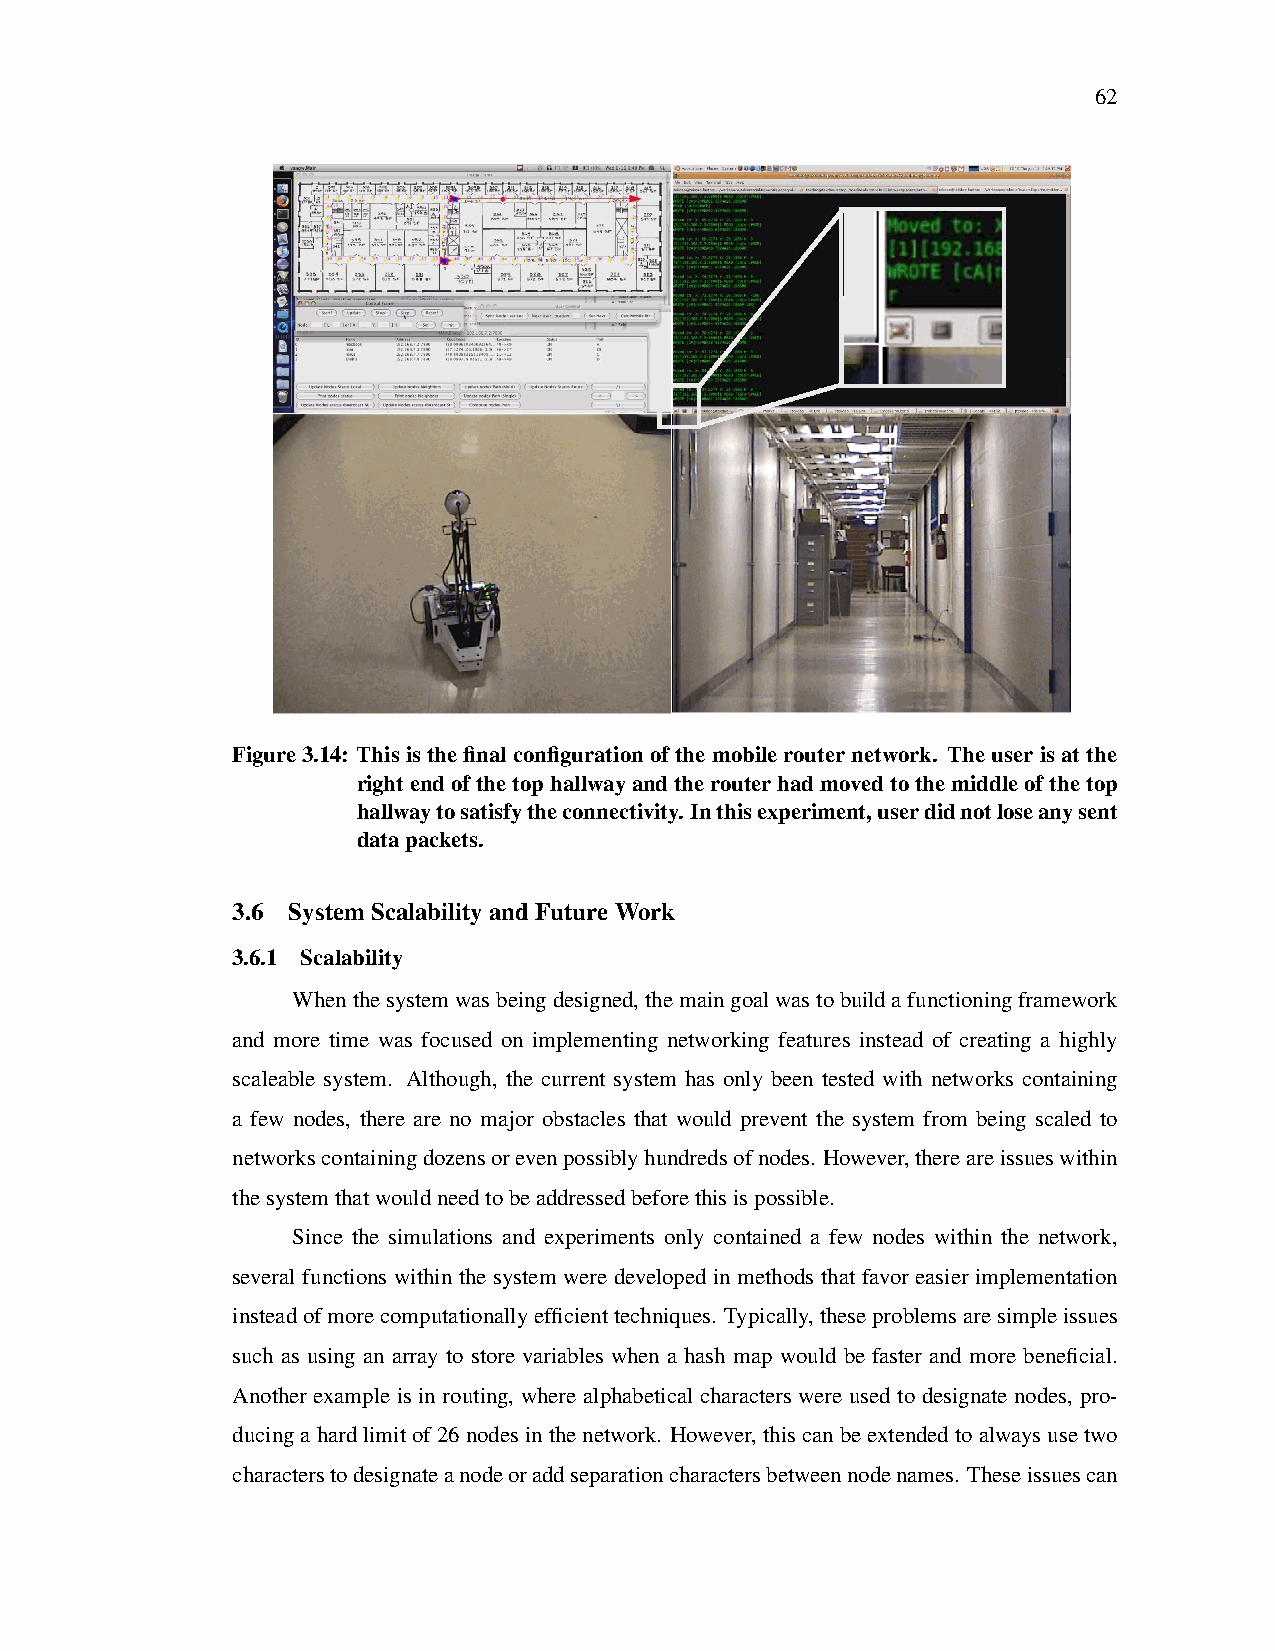
62
 Figure3.14: This is the final configuration of the mobile router network. The user is at the
 rightendofthetophallwayandtherouterhadmovedtothemiddleofthetop
 hallwaytosatisfytheconnectivity. Inthisexperiment,userdidnotloseanysent
 datapackets.
 3.6 SystemScalabilityandFutureWork
 3.6.1 Scalability
 Whenthesystemwasbeingdesigned,themaingoalwastobuildafunctioningframework
 and more time was focused on implementing networking features instead of creating a highly
 scaleable system. Although, the current system has only been tested with networks containing
 a few nodes, there are no major obstacles that would prevent the system from being scaled to
 networkscontainingdozensorevenpossiblyhundredsofnodes. However,thereareissueswithin
 thesystemthatwouldneedtobeaddressedbeforethisispossible.
 Since the simulations and experiments only contained a few nodes within the network,
 several functions within the system were developed in methods that favor easier implementation
 insteadofmorecomputationallyefficienttechniques. Typically,theseproblemsaresimpleissues
 such as using an array to store variables when a hash map would be faster and more beneficial.
 Another example is in routing, where alphabetical characters were used to designate nodes, pro-
 ducingahardlimitof26nodesinthenetwork. However,thiscanbeextendedtoalwaysusetwo
 characterstodesignateanodeoraddseparationcharactersbetweennodenames. Theseissuescan